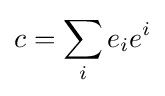
c=\sum _{i}e_{i}e^{i}